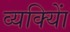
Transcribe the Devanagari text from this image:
व्यक्याेिं